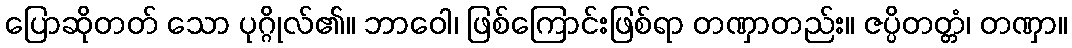
ပြောဆိုတတ် သော ပုဂ္ဂိုလ်၏။ ဘာဝေါ၊ ဖြစ်ကြောင်းဖြစ်ရာ တဏှာတည်း။ ဇပ္ပိတတ္တံ၊ တဏှာ။